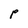
Character: p